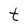
Character: t